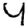
Digit: 4